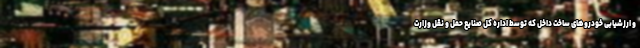
و ارزشیابی خودروهای ساخت داخل که توسط اداره کل صنایع حمل و نقل وزارت